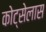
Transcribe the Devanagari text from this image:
कोट्सेलास